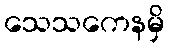
သေသကေနမှိ